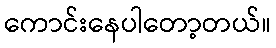
ကောင်းနေပါတော့တယ်။